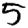
Digit: 5